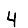
Digit: 4